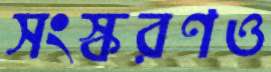
সংস্করণও